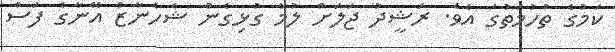
ކަމުގެ ތުހުމަތުގަ އެވެ. ރަޝީދު ޖަލަށް ލުމާ ގުޅިގެން ޝެހެނާޒް އޭނާގެ ފަސް